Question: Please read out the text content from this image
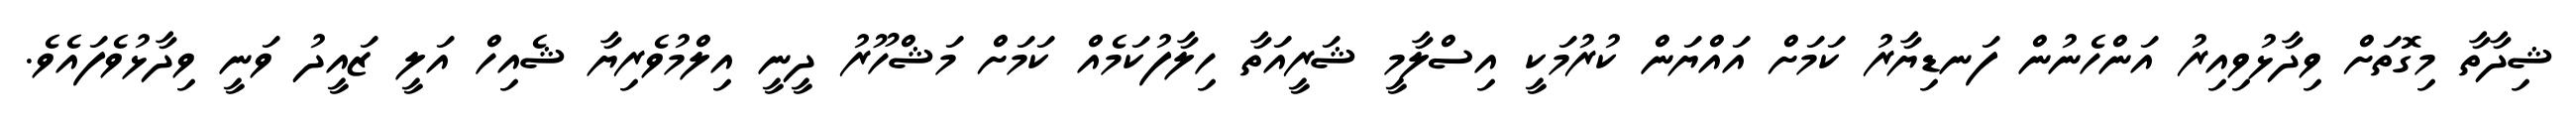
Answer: ޝިދާތާ މިގޮތަށް ވިދާޅުވިއިރު އަންހެނުން ފަނޑިޔާރު ކަމަށް އައްޔަން ކުރުމަކީ އިސްލާމީ ޝަރީއަތާ ހިލާފުކަމެއް ކަމަށް މަޝްހޫރު ދީނީ އިލްމުވެރިޔާ ޝެއިހް އަލީ ޒައީދު ވަނީ ވިދާޅުވެފައެވެ.